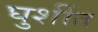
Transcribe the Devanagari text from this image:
घुशींत